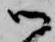
御